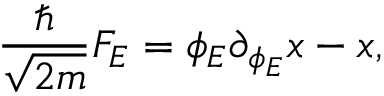
{ \frac { \hbar } { \sqrt { 2 m } } } { \cal F } _ { E } = \phi _ { E } \partial _ { \phi _ { E } } x - x ,